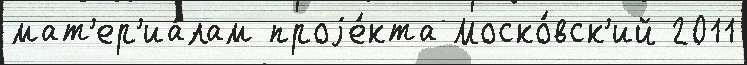
мат'ер'иа́лам проjе́кта Моско́вск'ий 2011